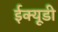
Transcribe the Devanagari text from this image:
ईक्यूडी